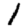
Digit: 1